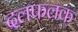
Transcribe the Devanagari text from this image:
दलफलक